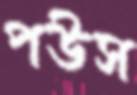
পউস